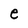
Character: e